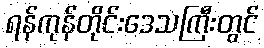
ရန်ကုန်တိုင်းဒေသကြီးတွင်